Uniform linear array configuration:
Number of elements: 32
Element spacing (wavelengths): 1
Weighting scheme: uniform
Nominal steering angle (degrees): -15
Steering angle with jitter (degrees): -14.374
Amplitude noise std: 0.05
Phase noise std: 0.05

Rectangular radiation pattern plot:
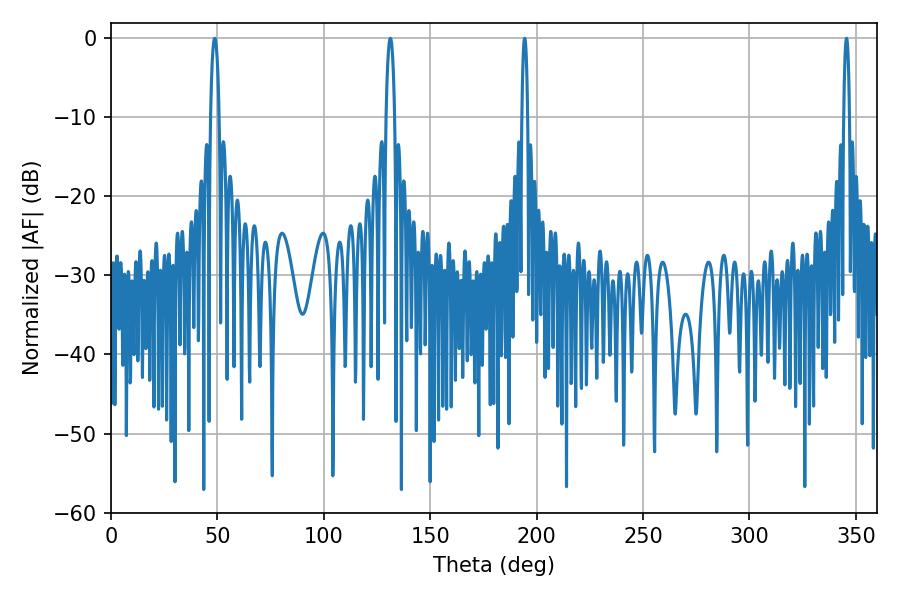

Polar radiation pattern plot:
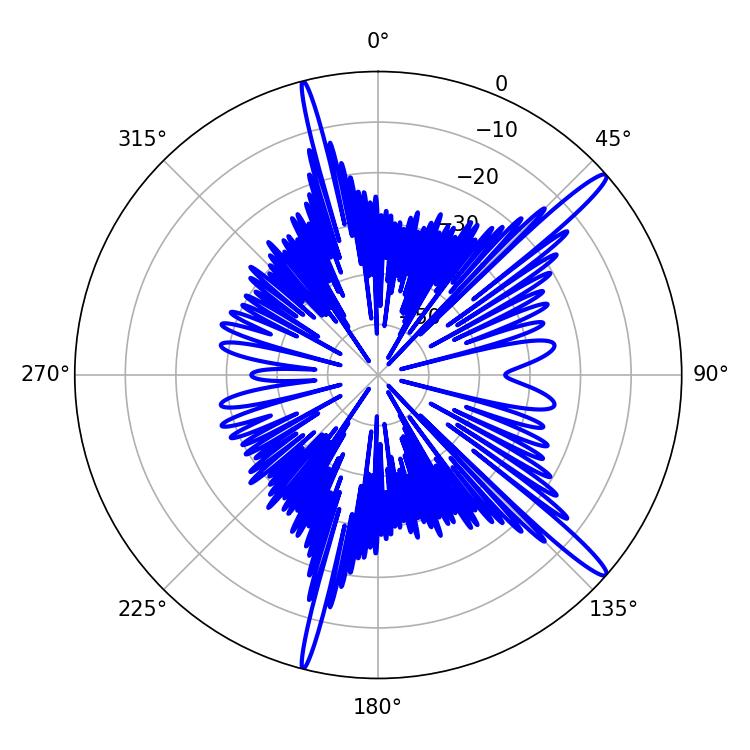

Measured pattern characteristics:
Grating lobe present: TRUE
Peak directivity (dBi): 15.611
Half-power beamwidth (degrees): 1.44
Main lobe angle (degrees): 345.6